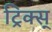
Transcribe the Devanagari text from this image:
ट्रिक्स्